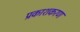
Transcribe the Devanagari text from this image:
प्रकाशकरण